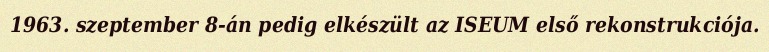
1963. szeptember 8-án pedig elkészült az ISEUM első rekonstrukciója.